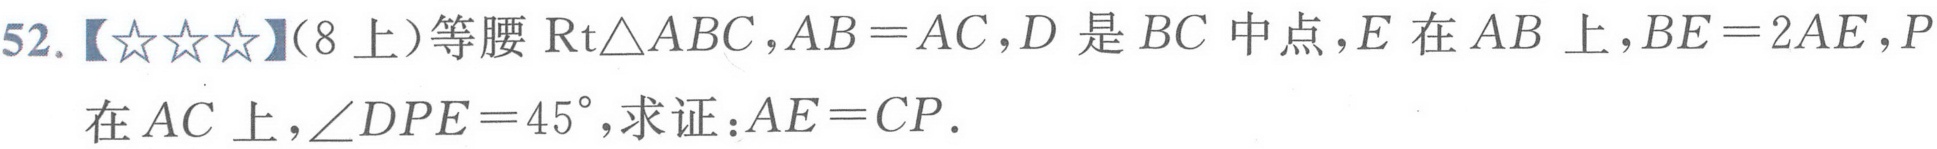
52.【★★★】（8上）等腰\(\text{Rt}\triangle ABC\)，\(AB = AC\)，\(D\)是\(BC\)中点，\(E\)在\(AB\)上，\(BE = 2AE\)，\(P\)
在\(AC\)上，\(\angle DPE = 45^{\circ}\)，求证：\(AE = CP\).